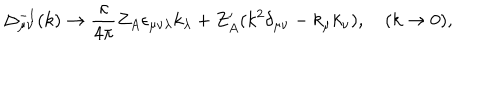
\Delta _ { \mu \nu } ^ { - 1 } ( k ) \to \frac { \kappa } { 4 \pi } Z _ { A } \epsilon _ { \mu \nu \lambda } k _ { \lambda } + Z _ { A } ^ { \prime } ( k ^ { 2 } \delta _ { \mu \nu } - k _ { \mu } k _ { \nu } ) , \quad ( k \to 0 ) ,